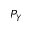
P _ { Y }